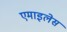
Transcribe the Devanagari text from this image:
एमाइलेस